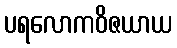
ပရလောကဝိဇယာယ